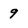
Character: 9